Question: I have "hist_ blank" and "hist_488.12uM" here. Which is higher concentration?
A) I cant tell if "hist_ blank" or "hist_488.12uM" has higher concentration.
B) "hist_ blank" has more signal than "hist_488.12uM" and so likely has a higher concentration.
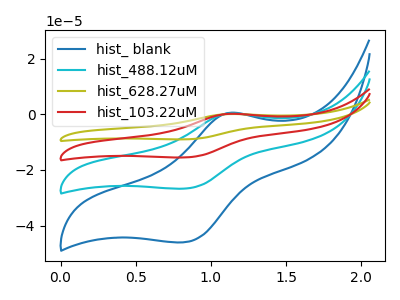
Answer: <think>The blue curve "hist_ blank" has an anodic peak at (1.10V, 0.50uA) and a cathodic peak at (0.80V, -46.00uA). The cyan curve "hist_488.12uM" has an anodic peak at (1.10V, 0.30uA) and a cathodic peak at (0.80V, -26.70uA). The olive curve "hist_628.27uM" has an anodic peak at (1.10V, 0.85uA) and a cathodic peak at (0.80V, -80.15uA). The red curve "hist_103.22uM" has an anodic peak at (1.10V, 0.55uA) and a cathodic peak at (0.80V, -53.40uA).
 All the peaks in "hist_ blank" have a peak in "hist_488.12uM" at the same potential. Every peak in "hist_ blank" is higher than every peak in "hist_488.12uM".</think>
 <answer>B) "hist_ blank" has more signal than "hist_488.12uM" and so likely has a higher concentration.</answer>
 <eval>B</eval>